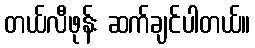
တယ်လီဖုန်း ဆက်ချင်ပါတယ်။